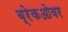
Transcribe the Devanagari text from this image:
ब्रेकओवर